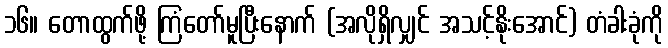
၁၆။ တောထွက်ဖို့ ကြံတော်မူပြီးနောက် (အလိုရှိလျှင် အသင့်နိုးအောင်) တံခါးခုံကို